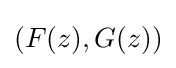
(F(z),G(z))